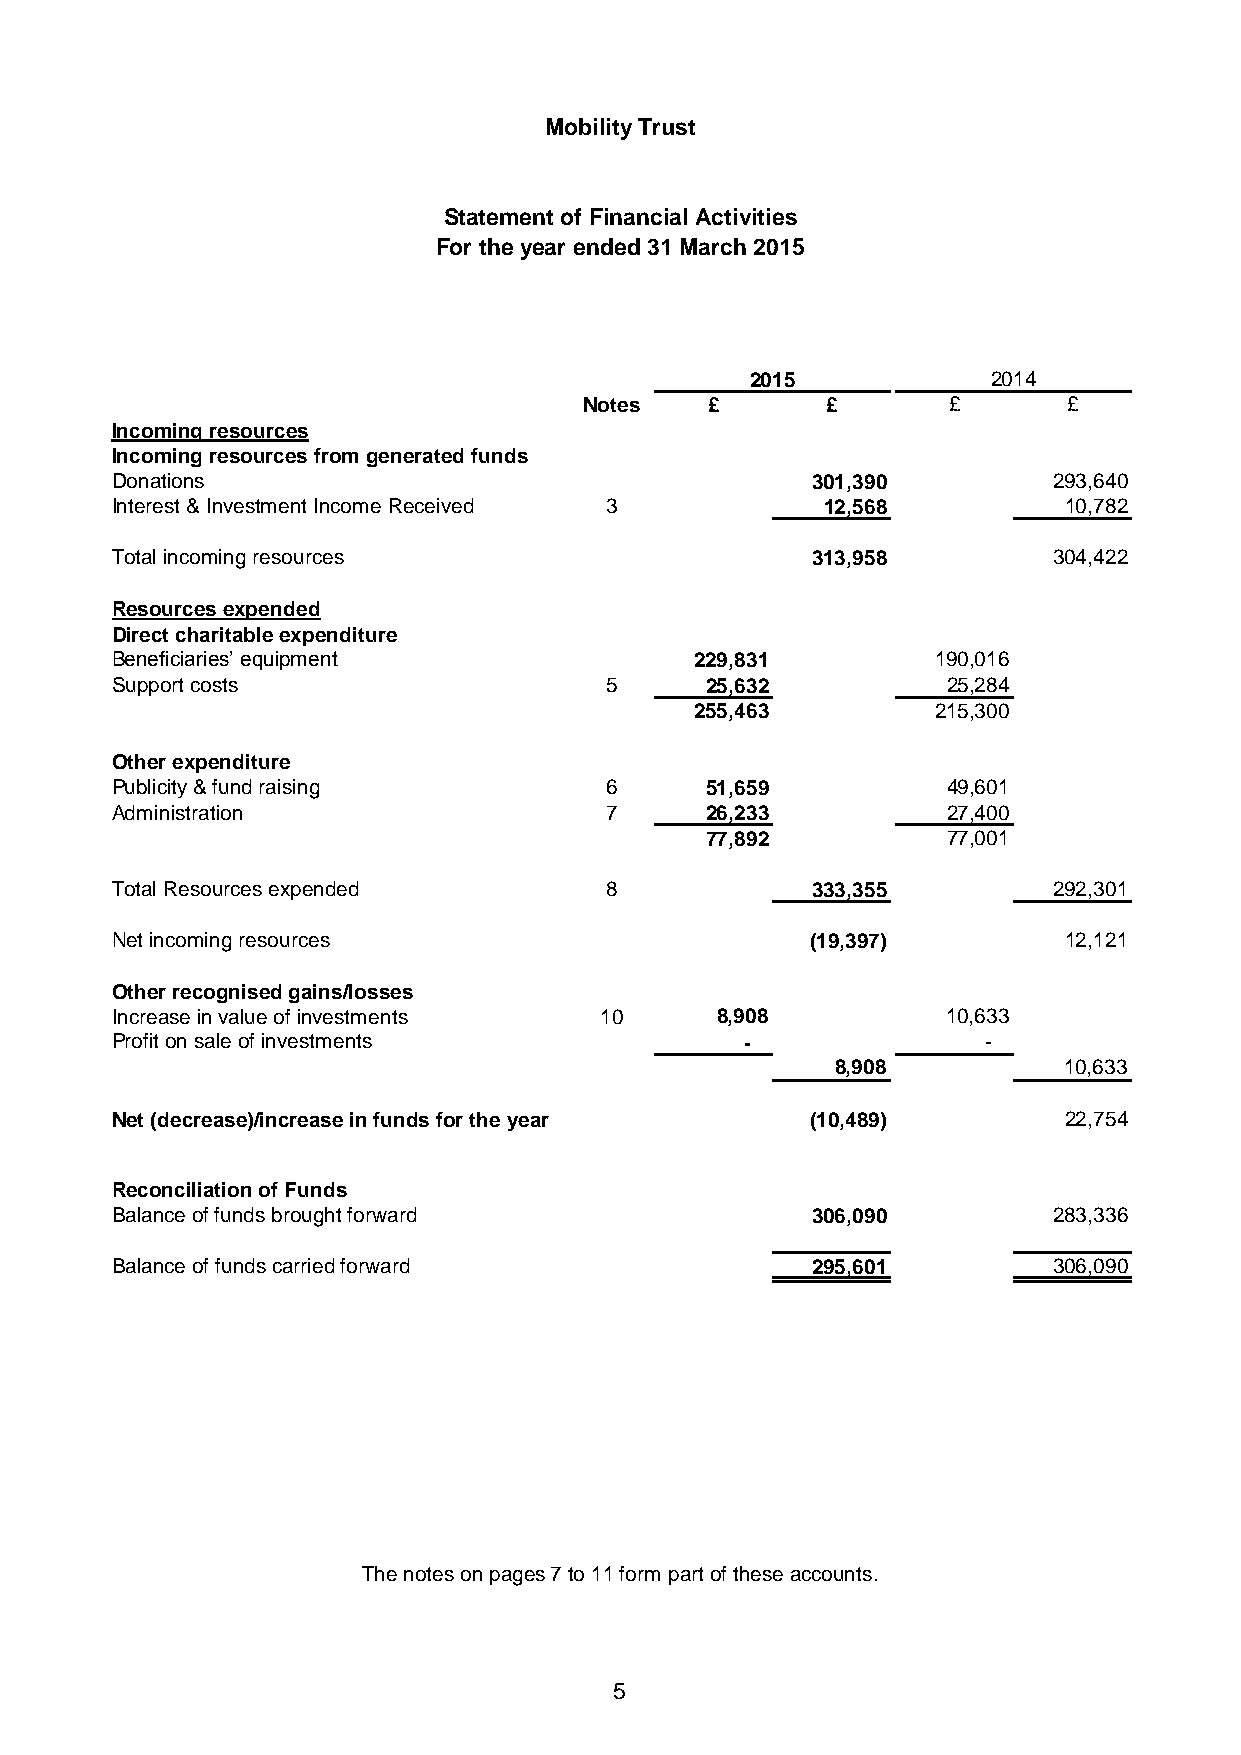
Mobility Trust
 Statement of Financial Activities
 For the year ended 31 March 2015
 2015            2014
 Notes   £       £       £       £
 Incoming resources
 Incoming resources from generated funds
 Donations                                      301,390         293,640
 Interest & Investment Income Received 3         12,568         10,782
 Total incoming resources                       313,958         304,422
 Resources expended
 Direct charitable expenditure
 Beneficiaries’ equipment               229,831         190,016
 Support costs                    5      25,632          25,284
 255,463         215,300
 Other expenditure
 Publicity & fund raising         6      51,659          49,601
 Administration                   7      26,233          27,400
 77,892          77,001
 Total Resources expended         8             333,355         292,301
 Net incoming resources                         (19,397)        12,121
 Other recognised gains/losses
 Increase in value of investments 10     8,908           10,633
 Profit on sale of investments             -               -
 8,908          10,633
 Net (decrease)/increase in funds for the year  (10,489)        22,754
 Reconciliation of Funds
 Balance of funds brought forward               306,090         283,336
 Balance of funds carried forward               295,601         306,090
 The notes on pages 7 to 11 form part of these accounts.
 5